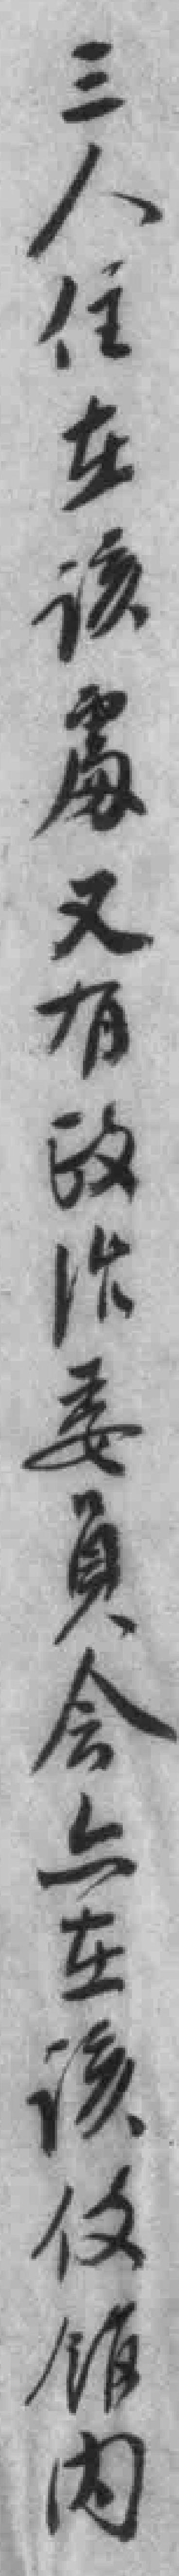
三人住在该處又有政治委員会上在该使馆內